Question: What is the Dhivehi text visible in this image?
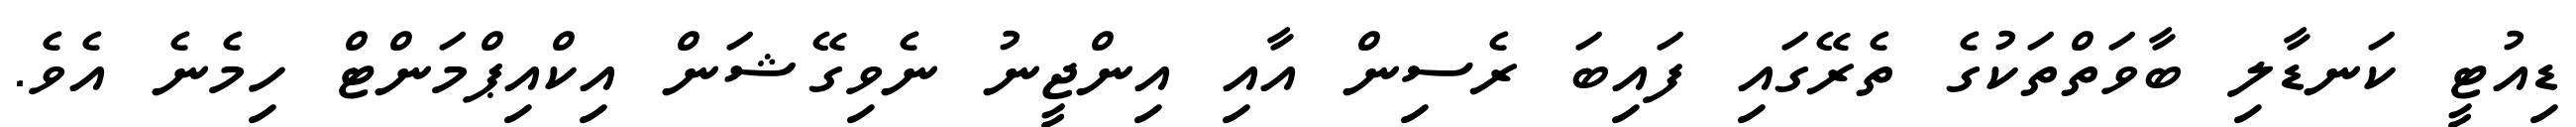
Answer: ޑިއުޓީ ކަނޑާލި ބާވަތްތަކުގެ ތެރޭގައި ފައިބަ ރެސިން އާއި އިންޖީނު ނެވިގޭޝަން އިކްއިޕްމަންޓް ހިމެނެ އެވެ.